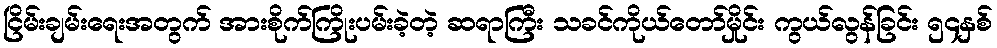
ငြိမ်းချမ်းရေးအတွက် အားစိုက်ကြိုးပမ်းခဲ့တဲ့ ဆရာကြီး သခင်ကိုယ်တော်မှိုင်း ကွယ်လွန်ခြင်း ၅၄နှစ်